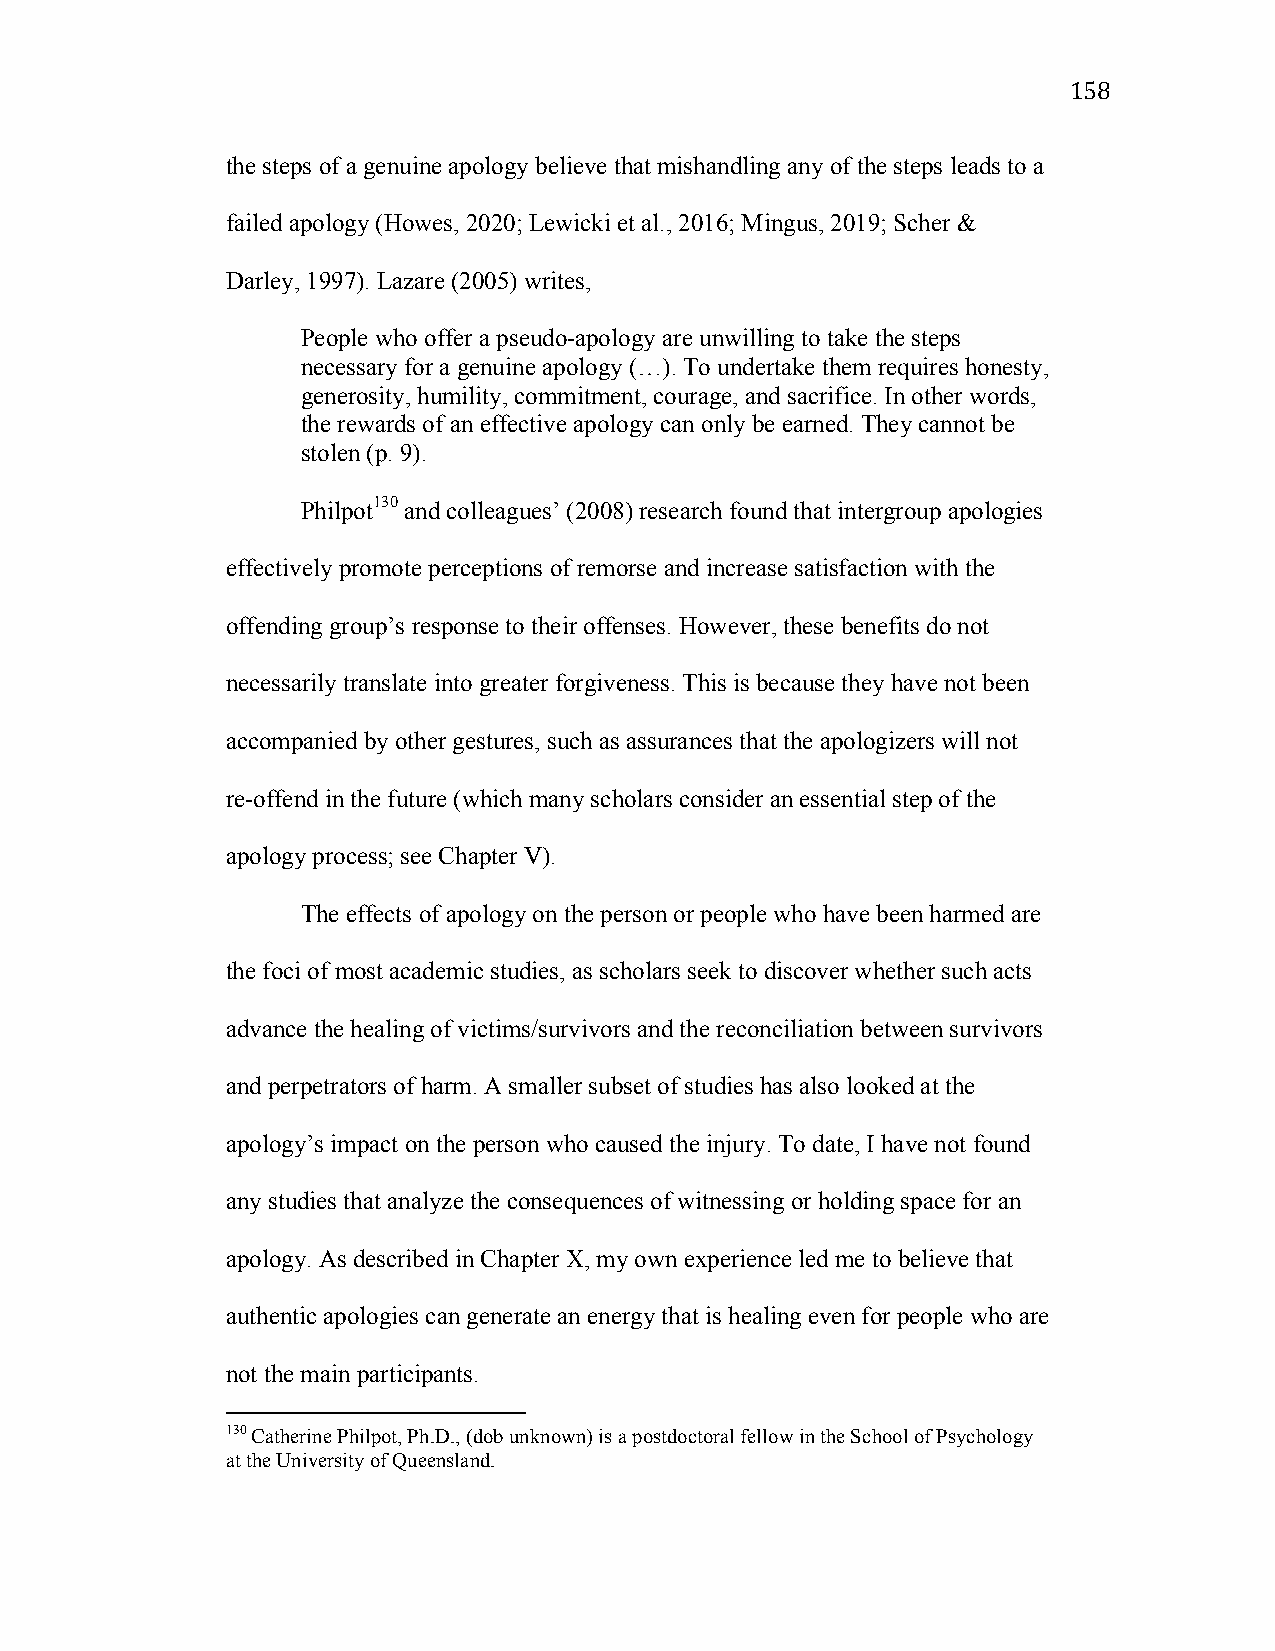
158
 the steps of a genuine apology believe that mishandling any of the steps leads to a
 failed apology (Howes, 2020; Lewicki et al., 2016; Mingus, 2019; Scher &
 Darley, 1997). Lazare (2005) writes,
 People who offer a pseudo-apology are unwilling to take the steps
 necessary for a genuine apology (…). To undertake them requires honesty,
 generosity, humility, commitment, courage, and sacrifice. In other words,
 the rewards of an effective apology can only be earned. They cannot be
 stolen (p. 9).
 Philpot130 and colleagues’ (2008) research found that intergroup apologies
 effectively promote perceptions of remorse and increase satisfaction with the
 offending group’s response to their offenses. However, these benefits do not
 necessarily translate into greater forgiveness. This is because they have not been
 accompanied by other gestures, such as assurances that the apologizers will not
 re-offend in the future (which many scholars consider an essential step of the
 apology process; see Chapter V).
 The effects of apology on the person or people who have been harmed are
 the foci of most academic studies, as scholars seek to discover whether such acts
 advance the healing of victims/survivors and the reconciliation between survivors
 and perpetrators of harm. A smaller subset of studies has also looked at the
 apology’s impact on the person who caused the injury. To date, I have not found
 any studies that analyze the consequences of witnessing or holding space for an
 apology. As described in Chapter X, my own experience led me to believe that
 authentic apologies can generate an energy that is healing even for people who are
 not the main participants.
 130 Catherine Philpot, Ph.D., (dob unknown) is a postdoctoral fellow in the School of Psychology
 at the University of Queensland.